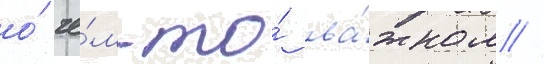
о́ че́м-то́ ва́жном //